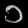
Digit: ၁